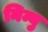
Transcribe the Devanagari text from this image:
निम्बु